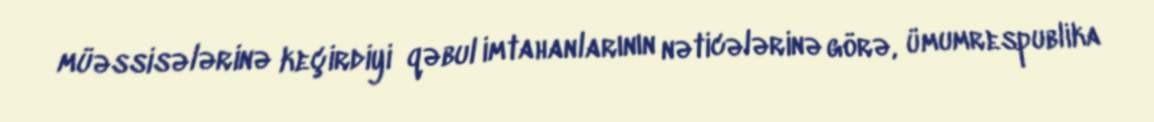
müəssisələrinə keçirdiyi qəbul imtahanlarının nəticələrinə görə, ümumrespublika